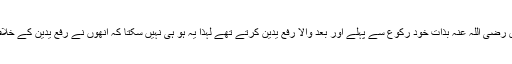
معلوم ہوا کہ سیدنا عبداللہ بن عباس رضی اللہ عنہ بذاتِ خود رکوع سے پہلے اور بعد والا رفع یدین کرتے تھے لہٰذا یہ ہو ہی نہیں سکتا کہ انھوں نے رفع یدین کے خلاف کوئی روایت بیان کر رکھی ہو۔